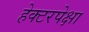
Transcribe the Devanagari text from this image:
हेक्टरपेक्षा